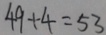
4 9 + 4 = 5 3